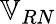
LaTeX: \mathbb{V}_{RN}